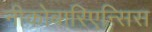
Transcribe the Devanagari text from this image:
नीकोबारिएन्सिस